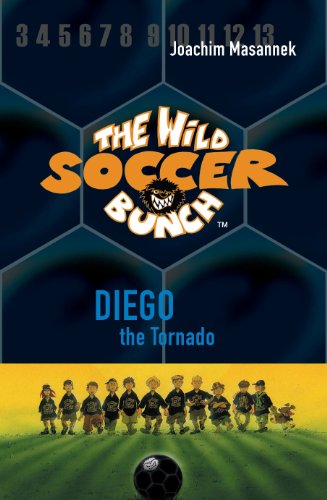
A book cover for The Wild Soccer Bunch, Book 2, Diego the Tornado; Joachim Masannek; Children's Books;